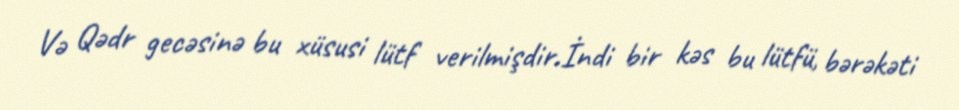
Və Qədr gecəsinə bu xüsusi lütf verilmişdir.İndi bir kəs bu lütfü, bərəkəti